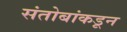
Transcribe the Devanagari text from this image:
संतोबांकडून